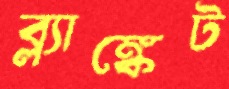
ব্ল্যাঙ্কেট